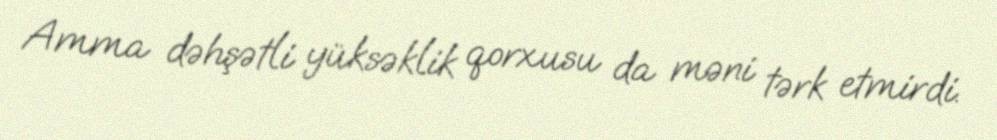
Amma dəhşətli yüksəklik qorxusu da məni tərk etmirdi.